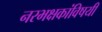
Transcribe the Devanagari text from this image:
नरभक्षकांविषयी